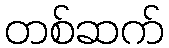
တစ်ဆက်